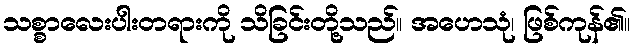
သစ္စာလေးပါးတရားကို သိခြင်းတို့သည်။ အဟေသုံ၊ ဖြစ်ကုန်၏။